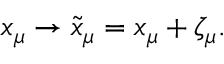
x _ { \mu } \to \tilde { x } _ { \mu } = x _ { \mu } + \zeta _ { \mu } .